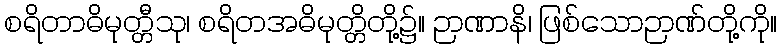
စရိတာဓိမုတ္တီသု၊ စရိတအဓိမုတ္တိတို့၌။ ဉာဏာနိ၊ ဖြစ်သောဉာဏ်တို့ကို။